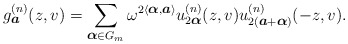
\begin{align*}g^{(n)}_{\mbox{\footnotesize\boldmath $a$}}(z,v) =\sum_{\mbox{\footnotesize\boldmath $\alpha $}\in G_m} \omega ^{2\langle \mbox{\footnotesize\boldmath $\alpha $},\mbox{\footnotesize\boldmath $a$}\rangle } u^{(n)}_{2\mbox{\footnotesize\boldmath $\alpha $}}(z,v)u^{(n)}_{2(\mbox{\footnotesize\boldmath $a$}+\mbox{\footnotesize\boldmath $\alpha $})}(-z,v).\end{align*}